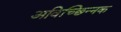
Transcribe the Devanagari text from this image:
अविच्छिन्नक